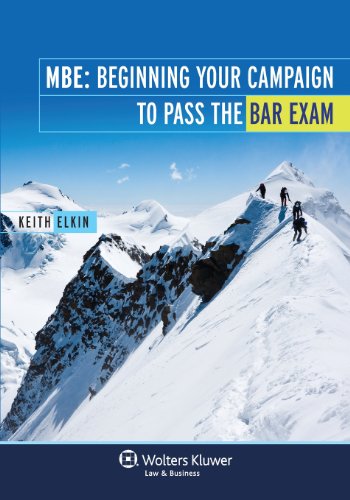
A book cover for MBE: Beginning Your Campaign To Pass The Bar Exam; Keith Elkin; Test Preparation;